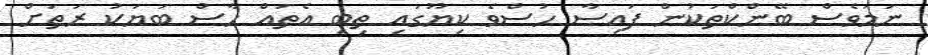
ނަމަވެސް ބޭންކްތަކުން ފައިސާ ހުސްވެ ކިޔޫގައި ތިބި އެތައް ހާސް ބަޔަކު ރަތަށް